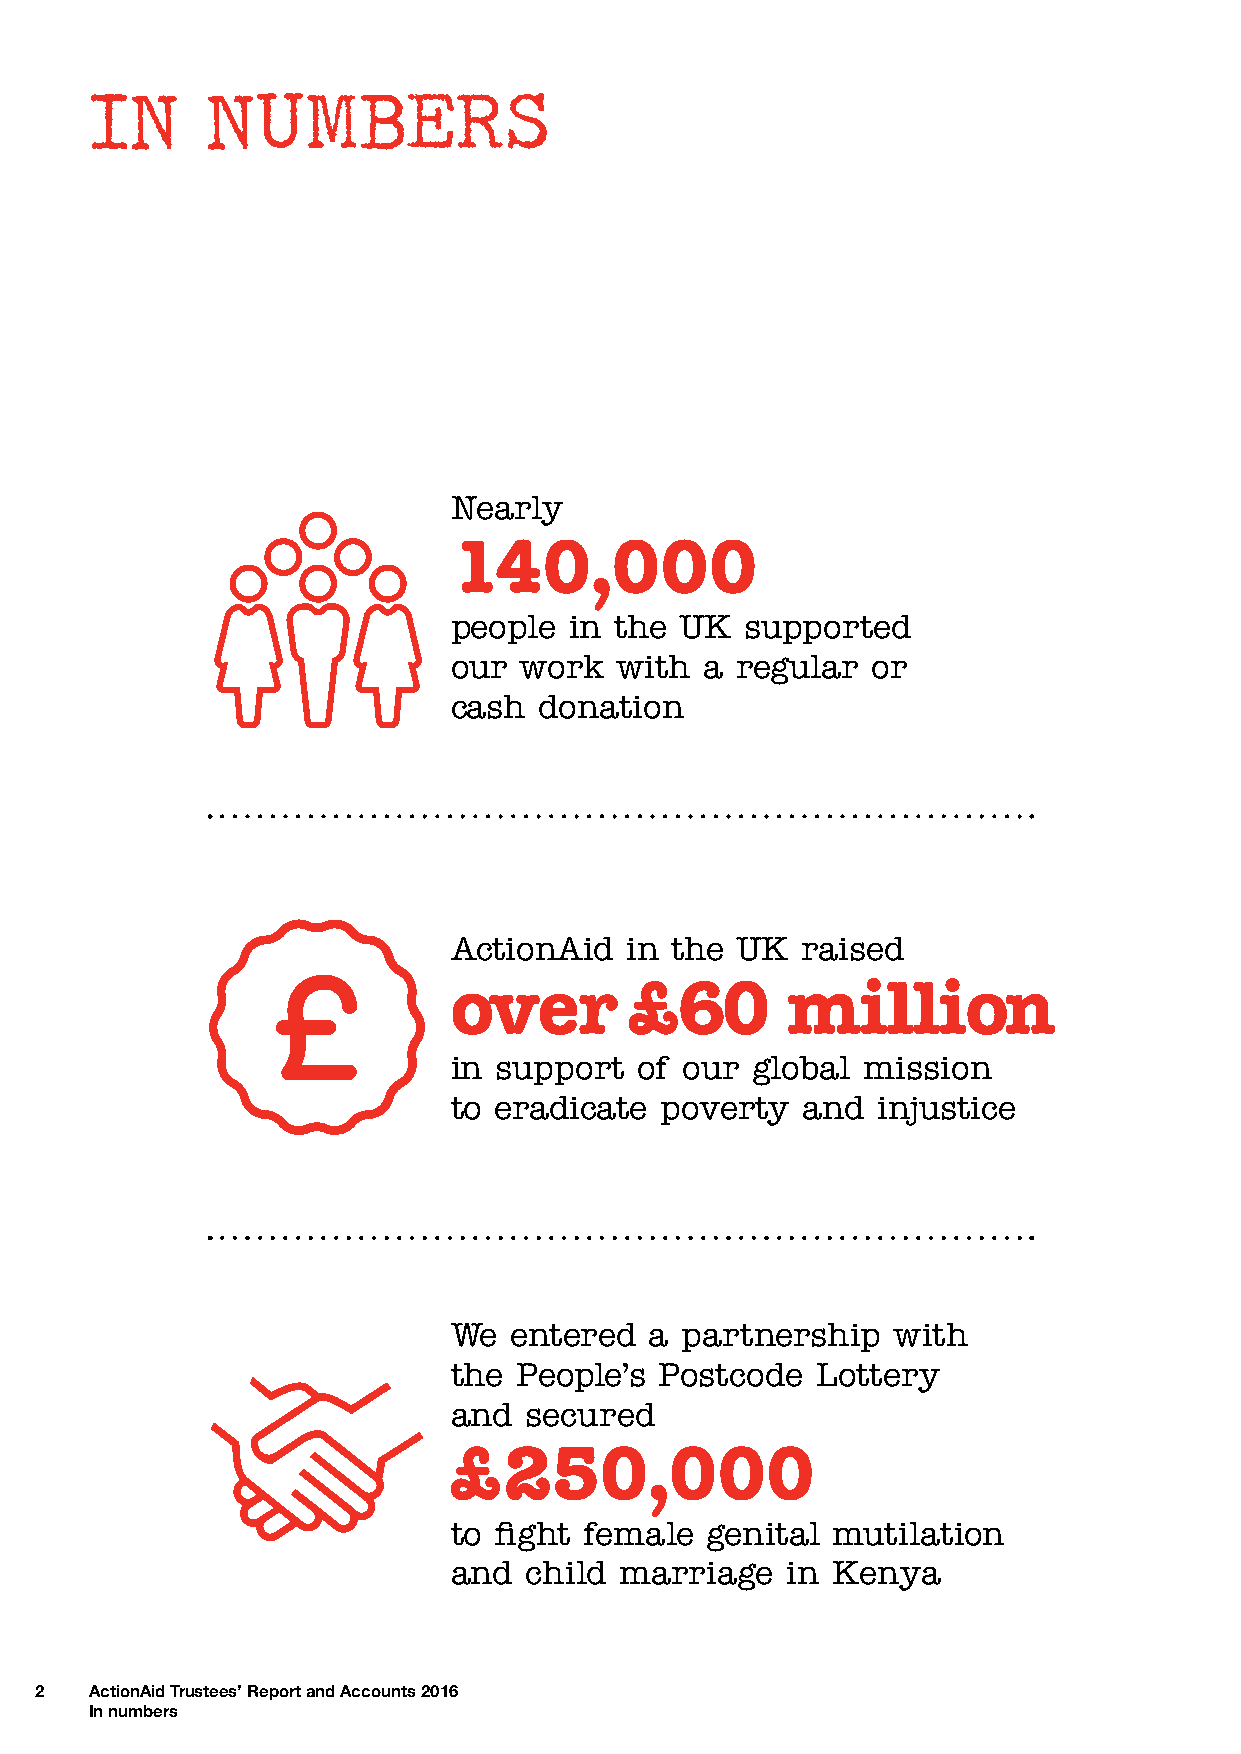
IN      NUMBERS
 Nearly
 140,000
 people  in the UK  supported
 our work   with  a regular  or
 cash  donation
 ActionAid  in the  UK  raised
 over        £60       million
 in support  of our  global mission
 to eradicate  poverty  and  injustice
 We  entered  a partnership   with
 the People’s  Postcode  Lottery
 and  secured
 £250,000
 to fight female  genital mutilation
 and  child marriage   in Kenya
 2   ActionAid Trustees’ Report and Accounts 2016
 In numbers